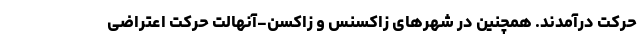
حرکت درآمدند. همچنین در شهرهای زاکسنس و زاکسن-آنهالت حرکت اعتراضی